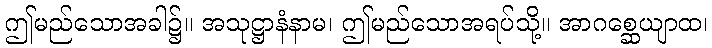
ဤမည်သောအခါ၌။ အသုဋ္ဌာနံနာမ၊ ဤမည်သောအရပ်သို့။ အာဂစ္ဆေယျာထ၊